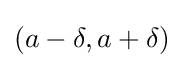
(a-\delta ,a+\delta )